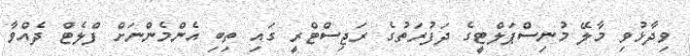
ވިދާޅުވިި މާލޭ މުނިސްޕަލްޓީގެ ދަފުރަތުގެ ރަޖިސްޓްރީ ގައި ތިބި އެންމެންނަށް ފްލެޓް ދެއްވާ